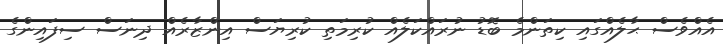
އެއްވެސް ޙާލެއްގައި ކިތަންމެ ބޮޑު ނުރައްކަލެއް ކުރިމަތި ކުރިޔަސް އިންޒާރެއް ދިނަސް ސިފައިންގެ